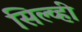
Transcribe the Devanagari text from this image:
सिल्व्ही